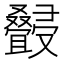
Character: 𰇆